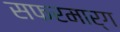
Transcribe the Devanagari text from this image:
सफरमार्ग